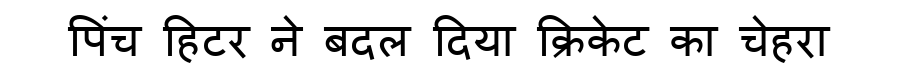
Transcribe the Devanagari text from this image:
पिंच हिटर ने बदल दिया क्रिकेट का चेहरा